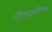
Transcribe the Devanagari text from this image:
जिल्ह्यांशिवाय